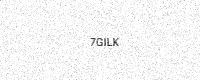
Text: 7GILK